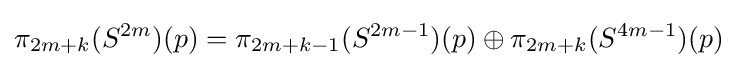
\pi _{2m+k}(S^{2m})(p)=\pi _{2m+k-1}(S^{2m-1})(p)\oplus \pi _{2m+k}(S^{4m-1})(p)